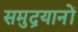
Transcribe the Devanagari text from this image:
समुद्रयानों